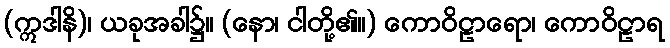
(ဣဒါနိ)၊ ယခုအခါ၌။ (နော၊ ငါတို့၏။) ကောဝိဠာရော၊ ကောဝိဠာရ